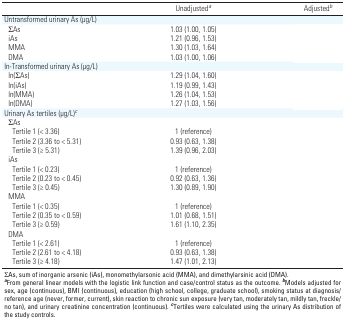
<table><thead><tr><td>[EMPTY_CELL]</td><td><b>Unadjusted<sup><i>a</i></sup></b></td><td><b>Adjusted<sup><i>b</i></sup></b></td></tr></thead><tbody><tr><td><b>Untransformed urinary As (μg/L)</b></td></tr><tr><td><b>ΣAs</b></td><td>1.03 (1.00, 1.05)</td><td>[EMPTY_CELL]</td></tr><tr><td><b>iAs</b></td><td>1.21 (0.96, 1.53)</td><td>[EMPTY_CELL]</td></tr><tr><td><b>MMA</b></td><td>1.30 (1.03, 1.64)</td><td>[EMPTY_CELL]</td></tr><tr><td><b>DMA</b></td><td>1.03 (1.00, 1.06)</td><td>[EMPTY_CELL]</td></tr><tr><td><b>ln-Transformed urinary As (μg/L)</b></td></tr><tr><td><b>ln(ΣAs) </b></td><td>1.29 (1.04, 1.60)</td><td>[EMPTY_CELL]</td></tr><tr><td><b>ln(iAs)</b></td><td>1.19 (0.99, 1.43)</td><td>[EMPTY_CELL]</td></tr><tr><td><b>ln(MMA)</b></td><td>1.26 (1.04, 1.53)</td><td>[EMPTY_CELL]</td></tr><tr><td><b>ln(DMA)</b></td><td>1.27 (1.03, 1.56)</td><td>[EMPTY_CELL]</td></tr><tr><td><b>Urinary As tertiles (μg/L)<sup><i>c</i></sup></b></td></tr><tr><td><b>ΣAs </b></td><td>[EMPTY_CELL]</td><td>[EMPTY_CELL]</td></tr><tr><td><b>Tertile 1 (&lt; 3.36)</b></td><td>1 (reference)</td><td>[EMPTY_CELL]</td></tr><tr><td><b>Tertile 2 (3.36 to &lt; 5.31)</b></td><td>0.93 (0.63, 1.38)</td><td>[EMPTY_CELL]</td></tr><tr><td><b>Tertile 3 (≥ 5.31)</b></td><td>1.39 (0.96, 2.03)</td><td>[EMPTY_CELL]</td></tr><tr><td><b>iAs</b></td></tr><tr><td><b>Tertile 1 (&lt; 0.23)</b></td><td>1 (reference)</td><td>[EMPTY_CELL]</td></tr><tr><td><b>Tertile 2 (0.23 to &lt; 0.45)</b></td><td>0.92 (0.63, 1.36)</td><td>[EMPTY_CELL]</td></tr><tr><td><b>Tertile 3 (≥ 0.45)</b></td><td>1.30 (0.89, 1.90)</td><td>[EMPTY_CELL]</td></tr><tr><td><b>MMA</b></td></tr><tr><td><b>Tertile 1 (&lt; 0.35)</b></td><td>1 (reference)</td><td>[EMPTY_CELL]</td></tr><tr><td><b>Tertile 2 (0.35 to &lt; 0.59)</b></td><td>1.01 (0.68, 1.51)</td><td>[EMPTY_CELL]</td></tr><tr><td><b>Tertile 3 (≥ 0.59)</b></td><td>1.61 (1.10, 2.35)</td><td>[EMPTY_CELL]</td></tr><tr><td><b>DMA</b></td></tr><tr><td><b>Tertile 1 (&lt; 2.61)</b></td><td>1 (reference)</td><td>[EMPTY_CELL]</td></tr><tr><td><b>Tertile 2 (2.61 to &lt; 4.18)</b></td><td>0.93 (0.63, 1.38)</td><td>[EMPTY_CELL]</td></tr><tr><td><b>Tertile 3 (≥ 4.18)</b></td><td>1.47 (1.01, 2.13)</td><td>[EMPTY_CELL]</td></tr><tr><td colspan="3">ΣAs, sum of inorganic arsenic (iAs), monomethylarsonic acid (MMA), and dimethylarsinic acid (DMA). <sup><i><b>a</b></i></sup>From general linear models with the logistic link function and case/control status as the outcome. <sup><i><b>b</b></i></sup>Models adjusted for sex, age (continuous), BMI (continuous), education (high school, college, graduate school), smoking status at diagnosis/reference age (never, former, current), skin reaction to chronic sun exposure (very tan, moderately tan, mildly tan, freckle/no tan), and urinary creatinine concentration (continuous). <sup><i><b>c</b></i></sup>Tertiles were calculated using the urinary As distribution of the study controls.</td></tr></tbody></table>